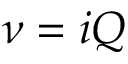
\nu = i Q